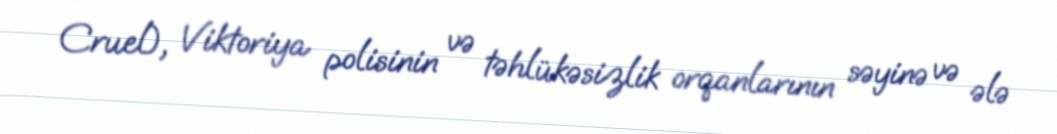
Cruel), Viktoriya polisinin və təhlükəsizlik orqanlarının səyinə və ələ